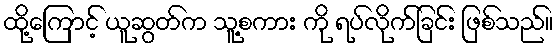
ထို့ကြောင့် ယူဆွတ်က သူ့စကား ကို ရပ်လိုက်ခြင်း ဖြစ်သည်။